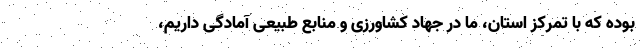
بوده که با تمرکز استان، ما در جهاد کشاورزی و منابع طبیعی آمادگی داریم،